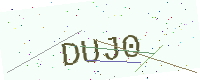
Text: DUJ0